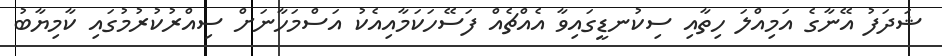
ޝަދަފު އޭނާގެ އަމިއްލަ ހިތާއި ސިކުނޑީގައިވާ އެއްޗެއް ފަސޭހަކަމާއިއެކު އަސްމަހާނަށް ސިއްރުކުރުމުގައި ކާމިޔާބު